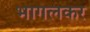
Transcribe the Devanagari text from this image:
भागलकर